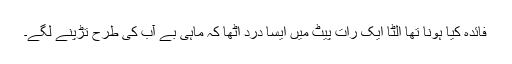
فائدہ کیا ہونا تھا اُلٹا ایک رات پیٹ میں ایسا درد اُٹھا کہ ماہیٔ بے آب کی طرح تڑپنے لگے۔